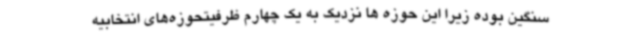
سنگین بوده زیرا این حوزه ها نزدیک به یک چهارم ظرفیتحوزه‌های انتخابیه